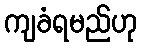
ကျခံရမည်ဟု